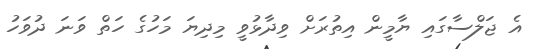
އެ ޖަލްސާގައި ޔާމީން އިތުރަށް ވިދާޅުވީ މިދިޔަ މަހުގެ ހަތް ވަނަ ދުވަހު